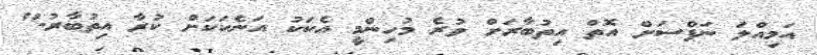
އަމިއްލަ ނަފްސަށް އޮތް އިތުބާރަށް ވުރެ މުހިންމީ އެކަކު އަނެކަކަށް ކުރާ އިތުބާރު."